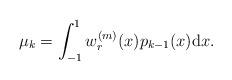
LaTeX: \begin{align*}\mu_k=\int_{-1}^{1}w_r^{(m)}(x)p_{k-1}(x)\mathrm{d}x.\end{align*}